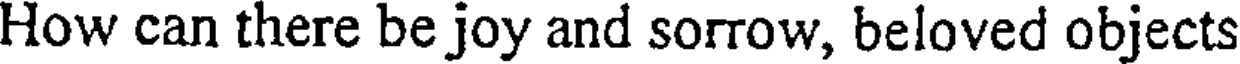
How can there be joy and sorrow, beloved objects